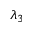
\lambda _ { 3 }